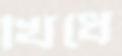
খিধে